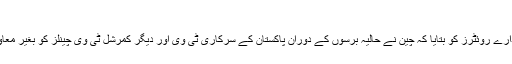
فوٹو: روئٹرز
پی ٹی وی حکام نے برطانوی خبر رساں ادارے روئٹرز کو بتایا کہ چین نے حالیہ برسوں کے دوران پاکستان کے سرکاری ٹی وی اور دیگر کمرشل ٹی وی چینلز کو بغیر معاوضہ ڈرامے اور ڈاکومینٹریز فراہم کی ہیں۔